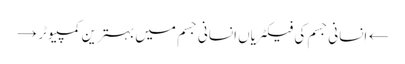
← اِنسانی جسم کی فیکٹریاں انسانی جسم میں بہترین کمپیوٹر →